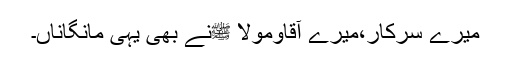
میرے سرکار،میرے آقاومولا ﷺنے بھی یہی مانگاناں۔